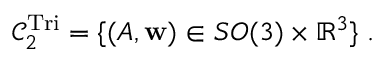
\mathcal { C } _ { 2 } ^ { \mathrm { T r i } } = \{ ( A , \mathbf { w } ) \in S O ( 3 ) \times \mathbb { R } ^ { 3 } \} \; .